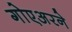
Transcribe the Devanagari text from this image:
गोएअरने